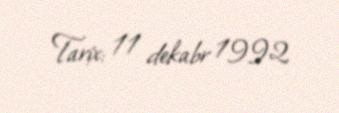
Tarix: 11 dekabr 1992